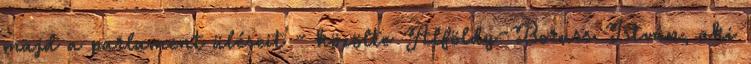
majd a parlament üléseit - közölte Alföldy-Boruss István, aki